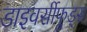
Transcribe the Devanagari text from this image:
डाइवर्सीफूड्स